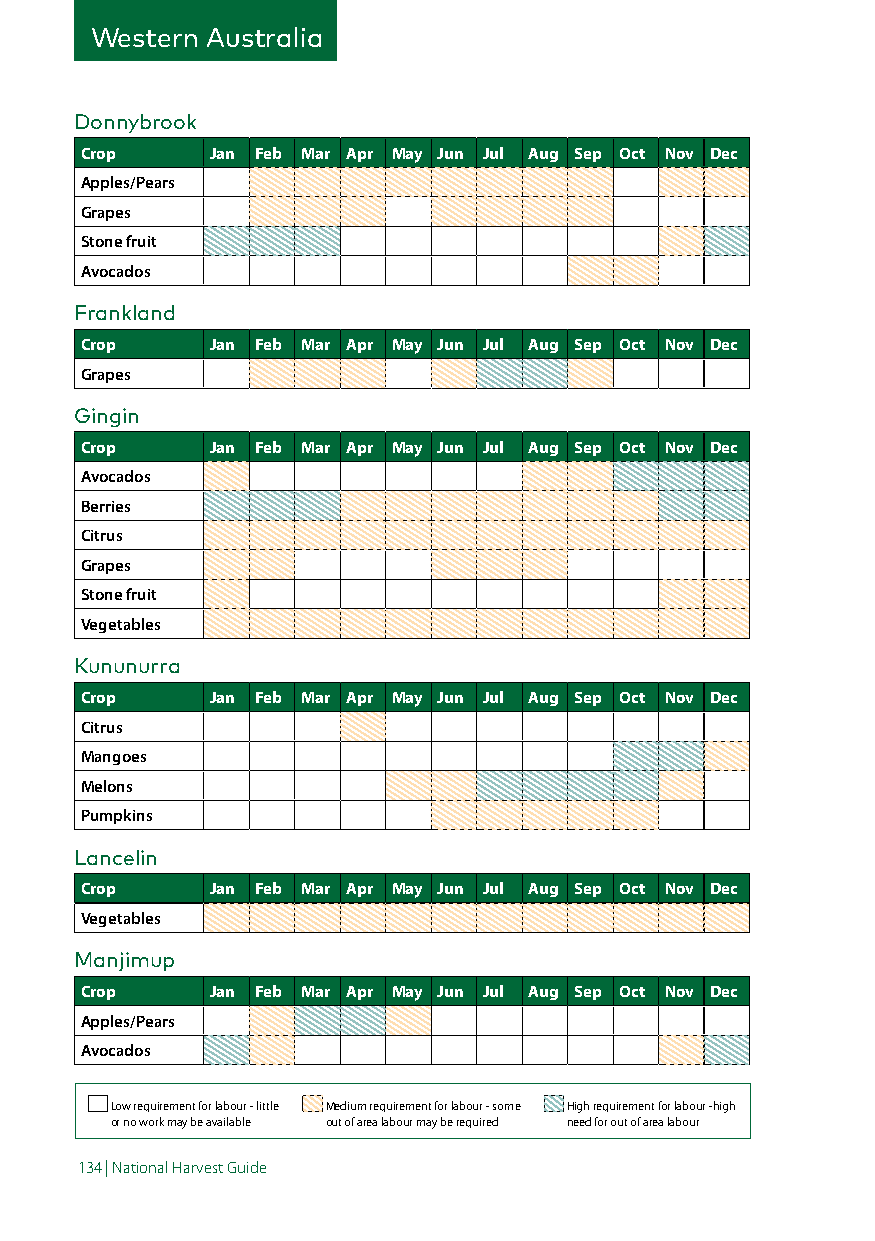
Western Australia
 Donnybrook
 Crop     Jan Feb Mar Apr May Jun Jul Aug Sep Oct Nov Dec
 Apples/Pears
 Grapes
 Stone fruit
 Avocados
 Frankland
 Crop     Jan Feb Mar Apr May Jun Jul Aug Sep Oct Nov Dec
 Grapes
 Gingin
 Crop     Jan Feb Mar Apr May Jun Jul Aug Sep Oct Nov Dec
 Avocados
 Berries
 Citrus
 Grapes
 Stone fruit
 Vegetables
 Kununurra
 Crop     Jan Feb Mar Apr May Jun Jul Aug Sep Oct Nov Dec
 Citrus
 Mangoes
 Melons
 Pumpkins
 Lancelin
 Crop     Jan Feb Mar Apr May Jun Jul Aug Sep Oct Nov Dec
 Vegetables
 Manjimup
 Crop     Jan Feb Mar Apr May Jun Jul Aug Sep Oct Nov Dec
 Apples/Pears
 Avocados
 Low requirement for labour - little Medium requirement for labour - some High requirement for labour -high
 or no work may be available out of area labour may be required need for out of area labour
 134 | National Harvest Guide